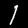
Label: 1